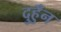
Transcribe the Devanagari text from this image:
दुहुँन